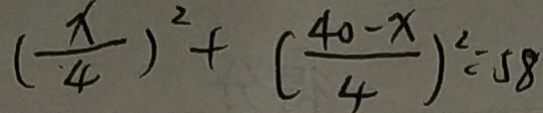
( \frac { x } { \cdot 4 } ) ^ { 2 } + ( \frac { 4 0 - x } { 4 } ) ^ { 2 } = 5 8